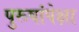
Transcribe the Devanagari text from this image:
पुरूषांपेक्षा